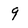
Character: 9